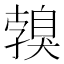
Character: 𦤣